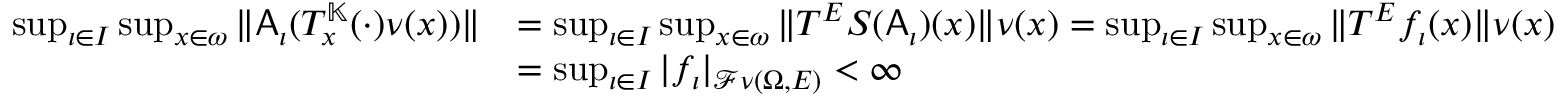
\begin{array} { r l } { \operatorname* { s u p } _ { \iota \in I } \operatorname* { s u p } _ { x \in \omega } \| \mathsf { A } _ { \iota } ( T _ { x } ^ { \mathbb { K } } ( \cdot ) \nu ( x ) ) \| } & { = \operatorname* { s u p } _ { \iota \in I } \operatorname* { s u p } _ { x \in \omega } \| T ^ { E } S ( \mathsf { A } _ { \iota } ) ( x ) \| \nu ( x ) = \operatorname* { s u p } _ { \iota \in I } \operatorname* { s u p } _ { x \in \omega } \| T ^ { E } f _ { \iota } ( x ) \| \nu ( x ) } \\ & { = \operatorname* { s u p } _ { \iota \in I } | f _ { \iota } | _ { \mathcal { F } \nu ( \Omega , E ) } < \infty } \end{array}